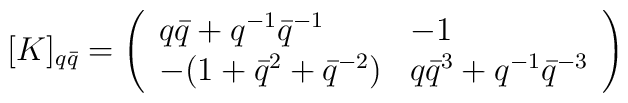
\lbrack K]_{q\bar{q}}=\left( \begin{array}{ll}q\bar{q}+q^{-1}\bar{q}^{-1} & -1 \\ -(1+\bar{q}^{2}+\bar{q}^{-2}) & q\bar{q}^{3}+q^{-1}\bar{q}^{-3}\end{array}\right)